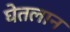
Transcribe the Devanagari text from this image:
घेतलान